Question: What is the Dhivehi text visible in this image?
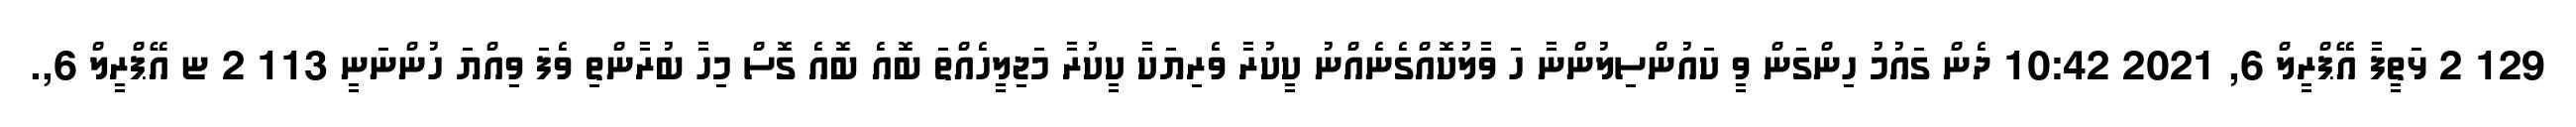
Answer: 129 2 ޅަތީފާ އޭޕްރީލް 6, 2021 10:42 ދެން ގައުމު ހިންގަން ވީ ކައުންސިލުންނާ ހަ ވާލުކޮއްގެނެއްނު ކީކުރާ ވެރިޔަކާ ކީކުރާ މަޖިލީހެއްތަ ބޮއެ ބޮއެ ގޮސް މިހާ ބުރާންތި ވެފަ ވިއްޔަ ހުންނަނީ 113 2 ޏ އޭޕްރީލް 6,.